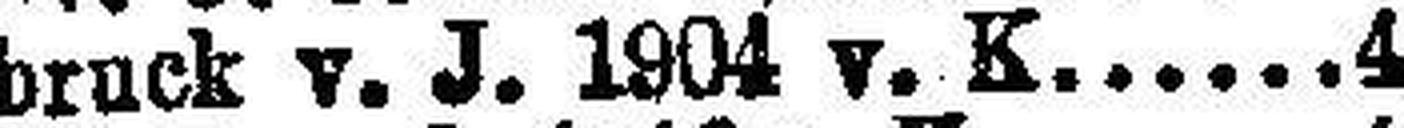
Innbruck v. J. 1904 v. K. 4